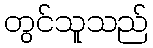
တွင်သူသည်